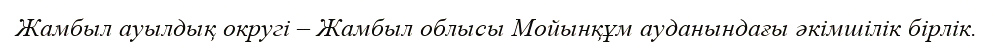
Жамбыл ауылдық округі – Жамбыл облысы Мойынқұм ауданындағы әкімшілік бірлік.